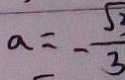
a = - \frac { \sqrt { 3 } } { 3 }